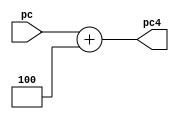

module Adder1(
    input [31:0] pc,
    output [31:0] pc4
    );
    
    assign pc4 = pc + 32'd4;
    
endmodule